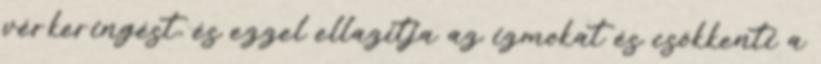
vérkeringést, és ezzel ellazítja az izmokat és csökkenti a